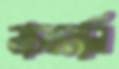
নাচওয়ালি